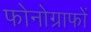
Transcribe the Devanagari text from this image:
फोनोग्राफों